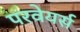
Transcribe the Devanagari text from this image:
परवेयर्स